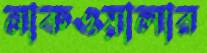
নাকওয়ালার